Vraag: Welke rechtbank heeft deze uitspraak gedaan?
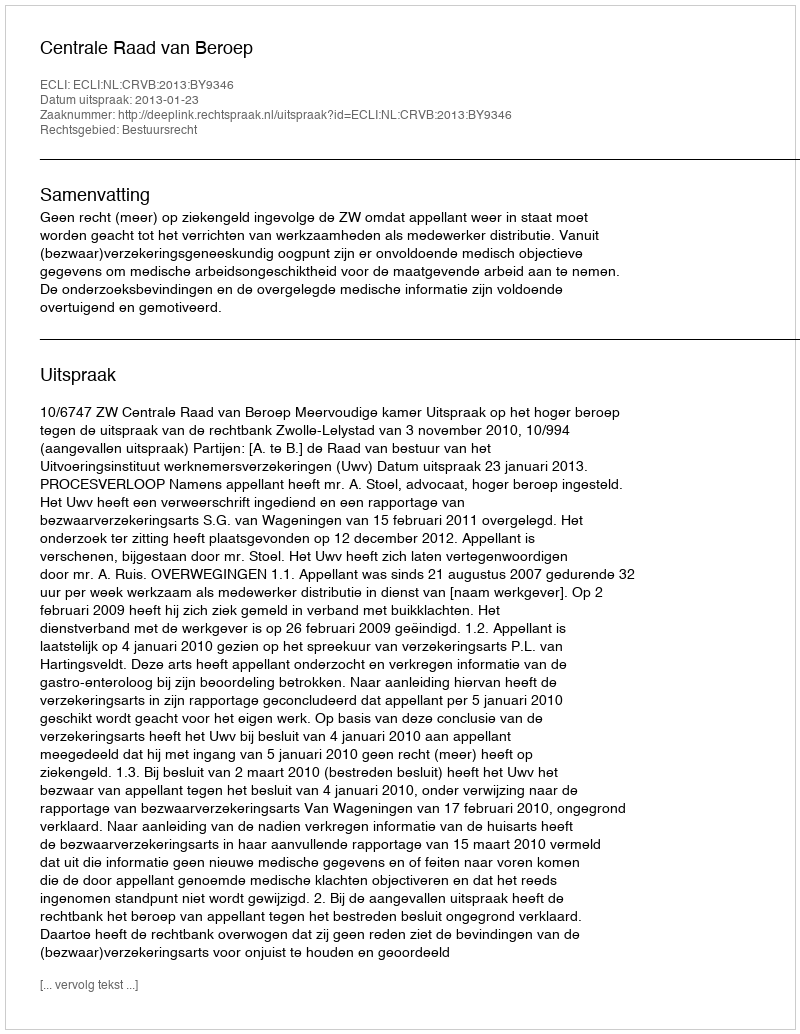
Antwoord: Centrale Raad van Beroep